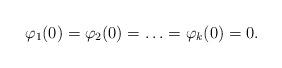
LaTeX: \begin{align*} \varphi_{1}(0)=\varphi_{2}(0)= \ldots = \varphi_{k}(0)=0. \end{align*}